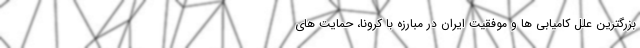
بزرگترین علل کامیابی ها و موفقیت ایران در مبارزه با کرونا، حمایت های